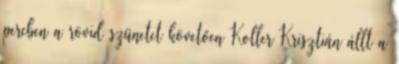
percben a rövid szünetet követően Koller Krisztián állt a